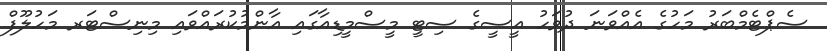
ސެޕްޓެމްބަރު މަހުގެ އެއްވަނަ ދުވަހު އީސީގެ ސިޓީ މީސްމީޑިއާގައި އާންމުކުރައްވައި މިނިސްޓަރ މަހުލޫފް